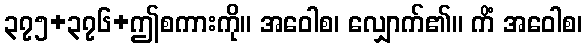
၃၇၅+၃၇၆+ဤစကားကို။ အဝေါစ၊ လျှောက်၏။ ကိံ အဝေါစ၊